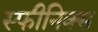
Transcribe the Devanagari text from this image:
स्फीनिक्स